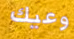
وعيك